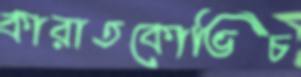
কারাতকোভিচ